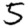
Digit: 5